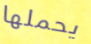
يحملها